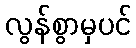
လွန်စွာမှပင်